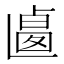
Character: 𠨅